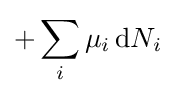
+\sum _{i}\mu _{i}\,\mathrm {d} N_{i}